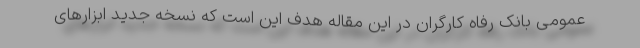
عمومی بانک رفاه کارگران در این مقاله هدف این است که نسخه جدید ابزارهای